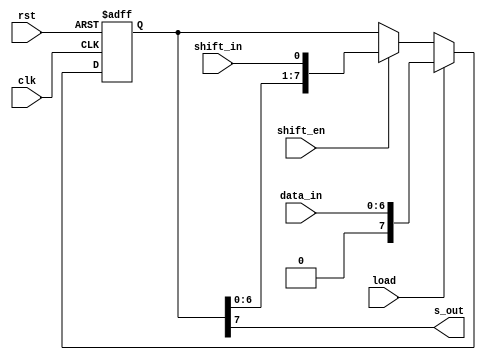
`timescale 1ns / 1ps
//////////////////////////////////////////////////////////////////////////////////
// 
// Design Name: 8-bit Shift Register with Parellel load/read
// Module Name: spi_shift 
// Project Name: SPI LCD Controller
// Target Devices: XC2C256-7-TQ144
// Description: 8-bit Shift Register with Parellel load/read
//
//////////////////////////////////////////////////////////////////////////////////
module spi_shift(
    input wire clk, rst,
    input wire shift_en, load, shift_in,
    input wire [6:0] data_in,
	output wire s_out
);
	reg [7:0] data;
	assign s_out = data[7];
	
    always @(negedge clk or posedge rst) begin
        if (rst)
			data = 8'b0;
		else if(load)
            data = {1'b0, data_in};
        else if (shift_en)
            data = {data[6:0], shift_in};
        else
            data = data;
    end

endmodule